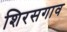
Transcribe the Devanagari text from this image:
शिरसगाव